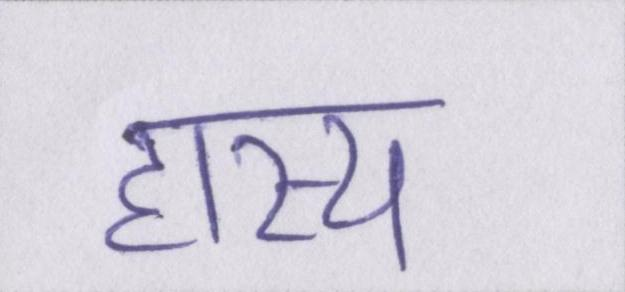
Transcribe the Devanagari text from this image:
हास्य